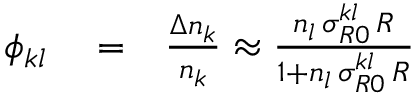
\begin{array} { r l r } { \phi _ { k l } } & { { } = } & { \frac { \Delta n _ { k } } { n _ { k } } \approx \frac { n _ { l } \, \sigma _ { R 0 } ^ { k l } \, { \cal R } } { 1 + n _ { l } \, \sigma _ { R 0 } ^ { k l } \, { \cal R } } } \end{array}